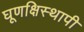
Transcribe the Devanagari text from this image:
घूणक्षिस्थापी